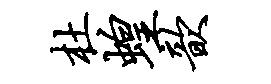
杜蝗歆